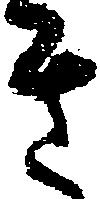
き